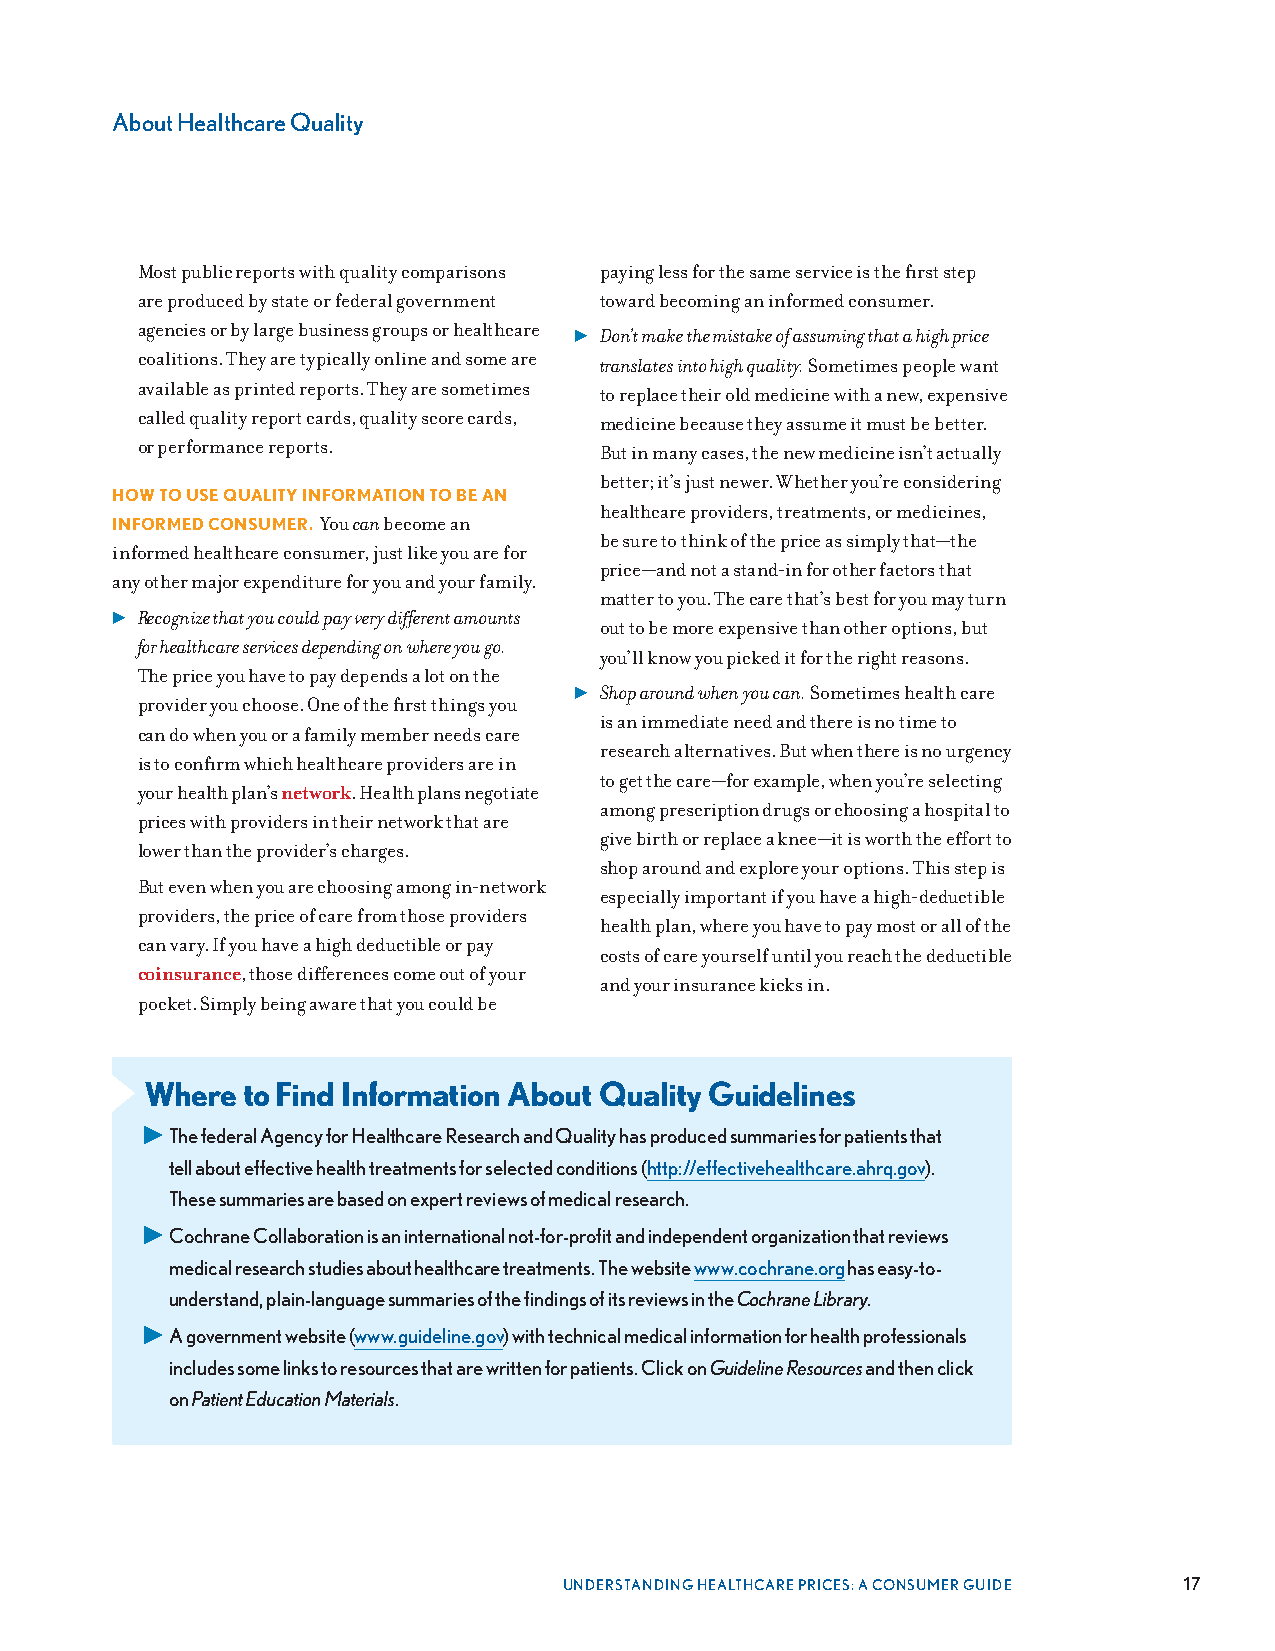
About Healthcare Quality
 Most public reports with quality comparisons paying less for the same service is the first step
 are produced by state or federal government toward becoming an informed consumer .
 agencies or by large business groups or healthcare ▶ Don’t make the mistake of assuming that a high price
 coalitions . They are typically online and some are translates into high quality. Sometimes people want
 available as printed reports . They are sometimes to replace their old medicine with a new, expensive
 called quality report cards, quality score cards, medicine because they assume it must be better .
 or performance reports .       But in many cases, the new medicine isn’t actually
 better; it’s just newer . Whether you’re considering
 HOW TO USE QUALITY INFORMATION TO BE AN
 healthcare providers, treatments, or medicines,
 INFORMED CONSUMER. You can become an
 be sure to think of the price as simply that—the
 informed healthcare consumer, just like you are for
 price—and not a stand-in for other factors that
 any other major expenditure for you and your family .
 matter to you . The care that’s best for you may turn
 ▶ Recognize that you could pay very different amounts
 out to be more expensive than other options, but
 for healthcare services depending on where you go.
 you’ll know you picked it for the right reasons .
 The price you have to pay depends a lot on the
 ▶ Shop around when you can. Sometimes health care
 provider you choose . One of the first things you
 is an immediate need and there is no time to
 can do when you or a family member needs care
 research alternatives . But when there is no urgency
 is to confirm which healthcare providers are in
 to get the care—for example, when you’re selecting
 your health plan’s network . Health plans negotiate
 among prescription drugs or choosing a hospital to
 prices with providers in their network that are
 give birth or replace a knee—it is worth the effort to
 lower than the provider’s charges .
 shop around and explore your options . This step is
 But even when you are choosing among in-network
 especially important if you have a high-deductible
 providers, the price of care from those providers
 health plan, where you have to pay most or all of the
 can vary . If you have a high deductible or pay
 costs of care yourself until you reach the deductible
 coinsurance, those differences come out of your
 and your insurance kicks in .
 pocket . Simply being aware that you could be
 Where to Find Information About Quality Guidelines
 ▶ The federal Agency for Healthcare Research and Quality has produced summaries for patients that
 tell about effective health treatments for selected conditions (http://effectivehealthcare.ahrq.gov).
 These summaries are based on expert reviews of medical research.
 ▶ Cochrane Collaboration is an international not-for-profit and independent organization that reviews
 medical research studies about healthcare treatments. The website www.cochrane.org has easy-to-
 understand, plain-language summaries of the findings of its reviews in the Cochrane Library.
 ▶ A government website (www.guideline.gov) with technical medical information for health professionals
 includes some links to resources that are written for patients. Click on Guideline Resources and then click
 on Patient Education Materials.
 UNDERSTANDING HEALTHCARE PRICES: A CONSUMER GUIDE 17